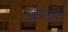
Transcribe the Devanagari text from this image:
छुद्रग्रह